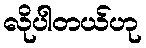
လိုပါတယ်ဟု